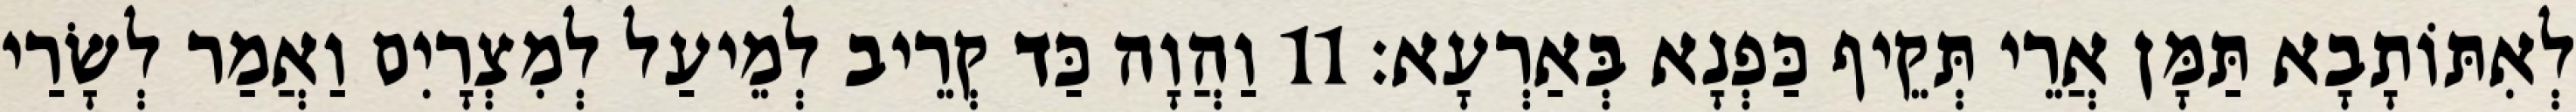
לְאִתּוֹתָבָא תַּמָּן אֲרֵי תְּקֵיף כַּפְנָא בְּאַרְעָא׃ 11 וַהֲוָה כַּד קְרֵיב לְמֵיעַל לְמִצְרָיִם וַאֲמַר לְשָׂרַי